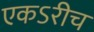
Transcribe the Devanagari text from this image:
एकऽरीच